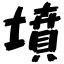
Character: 墳